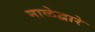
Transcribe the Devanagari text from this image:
नाळेद्वारे